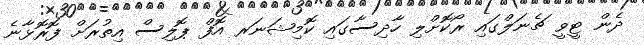
ދެން ޓީވީ ޗެނަލްގައި ރޯކޮށްލި ހާދިސާގައި ކޮމިޝަނަރ އޮފް ޕޮލިސް އިތުރަށް ފޮރޮޅާނެ